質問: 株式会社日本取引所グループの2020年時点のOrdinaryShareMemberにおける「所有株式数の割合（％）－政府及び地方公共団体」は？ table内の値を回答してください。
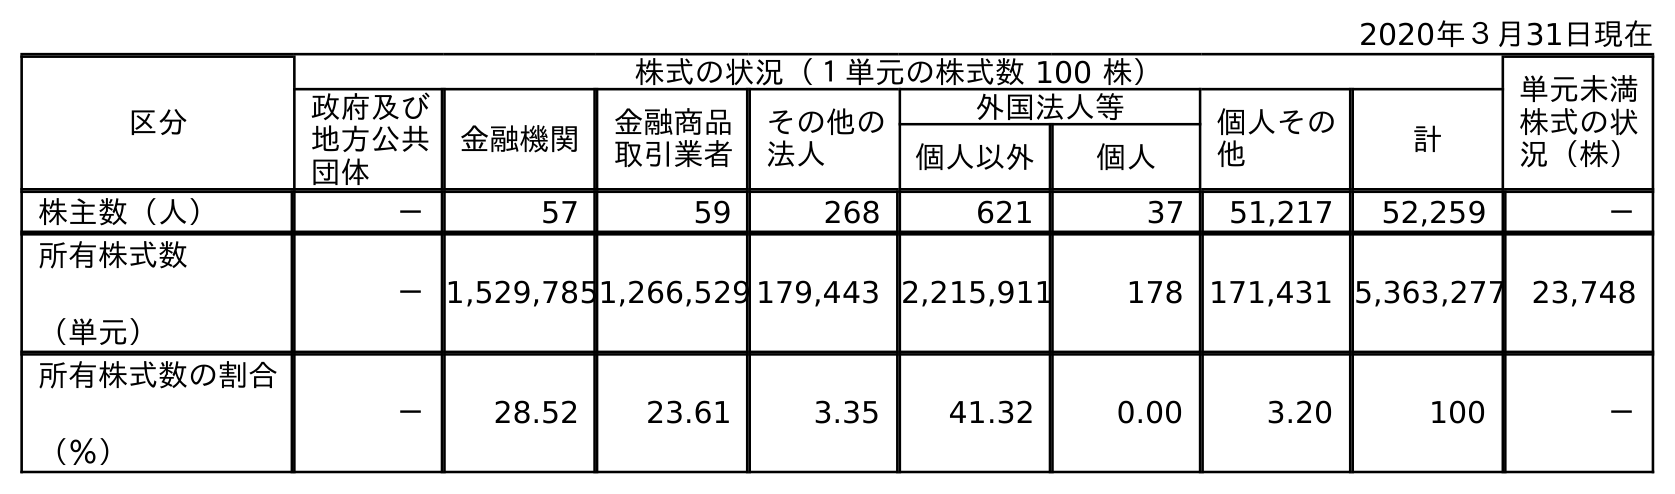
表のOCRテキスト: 2020年３月31日現在 区分 株式の状況（１単元の株式数 100 株） 単元未満 株式の状 況（株） 政府及び 地方公共 団体 金融機関 金融商品 取引業者 その他の 法人 外国法人等 個人その 他 計 個人以外 個人 株主数（人） － 57 59 268 621 37 51,217 52,259 － 所有株式数 （単元） －1,529,7851,266,529 179,443 2,215,911 178 171,431 5,363,277 23,748 所有株式数の割合 （％） － 28.52 23.61 3.35 41.32 0.00 3.20 100 －
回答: －